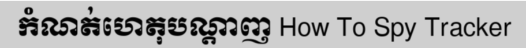
កំណត់ហេតុបណ្តាញ How To Spy Tracker